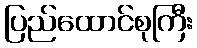
ပြည်ထောင်စုကြီး